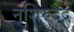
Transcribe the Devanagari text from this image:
नशिरुद्द्न